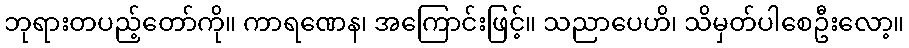
ဘုရားတပည့်တော်ကို။ ကာရဏေန၊ အကြောင်းဖြင့်။ သညာပေဟိ၊ သိမှတ်ပါစေဦးလော့။